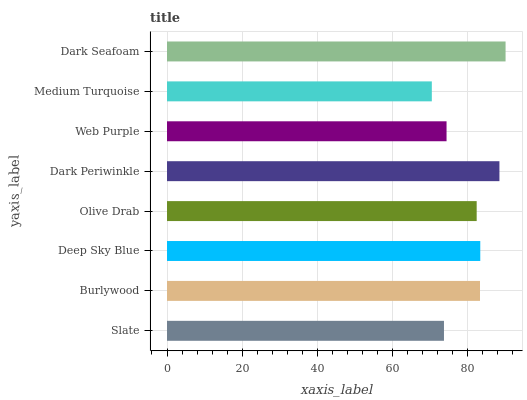
| yaxis_label | bars |
 | --- | --- |
 | Slate | 73.7 |
 | Burlywood | 83.3 |
 | Deep Sky Blue | 83.4 |
 | Olive Drab | 82.4 |
 | Dark Periwinkle | 88.4 |
 | Web Purple | 74.4 |
 | Medium Turquoise | 70.5 |
 | Dark Seafoam | 90.1 |